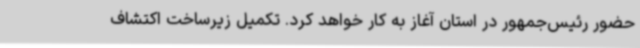
حضور رئیس‌جمهور در استان آغاز به کار خواهد کرد. تکمیل زیرساخت اکتشاف